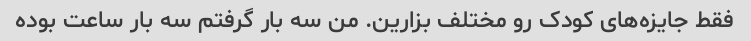
فقط جایزه‌های کودک رو مختلف بزارین. من سه بار گرفتم سه بار ساعت بوده